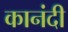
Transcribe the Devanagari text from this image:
कानंदी